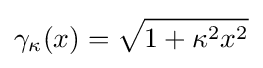
\gamma _{\kappa }(x)={\sqrt {1+\kappa ^{2}x^{2}}}